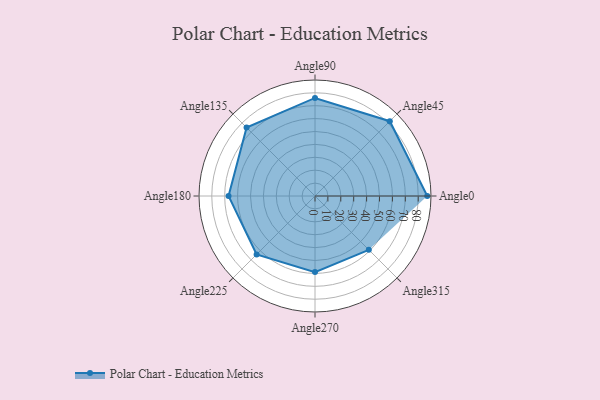
{"axis": {"x": "Angle", "y": "Radius"}, "legend": [""], "data": [{"x": "Angle0", "y": 87.0, "type": ""}, {"x": "Angle45", "y": 82.0, "type": ""}, {"x": "Angle90", "y": 76.0, "type": ""}, {"x": "Angle135", "y": 75.0, "type": ""}, {"x": "Angle180", "y": 67.0, "type": ""}, {"x": "Angle225", "y": 64.0, "type": ""}, {"x": "Angle270", "y": 59.0, "type": ""}, {"x": "Angle315", "y": 59.0, "type": ""}]}